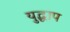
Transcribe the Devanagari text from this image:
युद्धाप